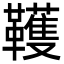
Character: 韄